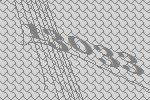
13033